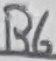
Text: R6